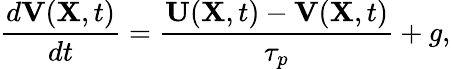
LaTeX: \frac{d{\mathbf V}({\mathbf X},t)}{dt}=\frac{{\mathbf U}({\mathbf X},t)-{\mathbf V}({\mathbf X},t)}{\tau_{p}}+g,